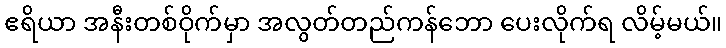
ဧရိယာ အနီးတစ်ဝိုက်မှာ အလွတ်တည်ကန်ဘော ပေးလိုက်ရ လိမ့်မယ်။